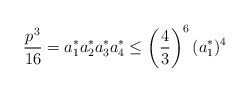
\begin{align*}\frac{p^{3}}{16} = a_{1}^{*} a_{2}^{*} a_{3}^{*} a_{4}^{*} \leq\left(\frac{4}{3}\right)^{6} (a_{1}^{*})^{4}\end{align*}